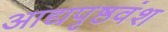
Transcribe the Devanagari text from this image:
आद्यपृष्ठवंश